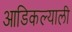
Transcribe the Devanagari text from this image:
आडिकल्याली